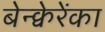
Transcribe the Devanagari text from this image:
बेन्क्वेरेंका